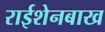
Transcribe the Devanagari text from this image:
राईशेनबाख